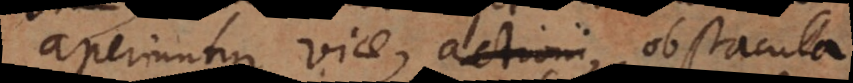
aperiuntur viae, actioni obstacula